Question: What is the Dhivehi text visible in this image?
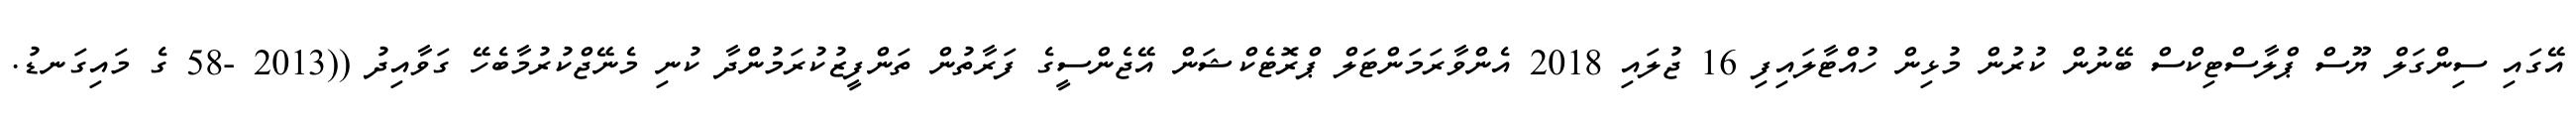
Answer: އޭގައި ސިންގަލް ޔޫސް ޕްލާސްޓިކްސް ބޭނުން ކުރުން މުޅިން ހުއްޓާލައިފި 16 ޖުލައި 2018 އެންވާރަމަންޓަލް ޕްރޮޓެކްޝަން އޭޖެންސީގެ ފަރާތުން ތަންފީޒުކުރަމުންދާ ކުނި މެނޭޖްކުރުމާބެހޭ ގަވާއިދު ((2013 -58 ގެ މައިގަނޑު.